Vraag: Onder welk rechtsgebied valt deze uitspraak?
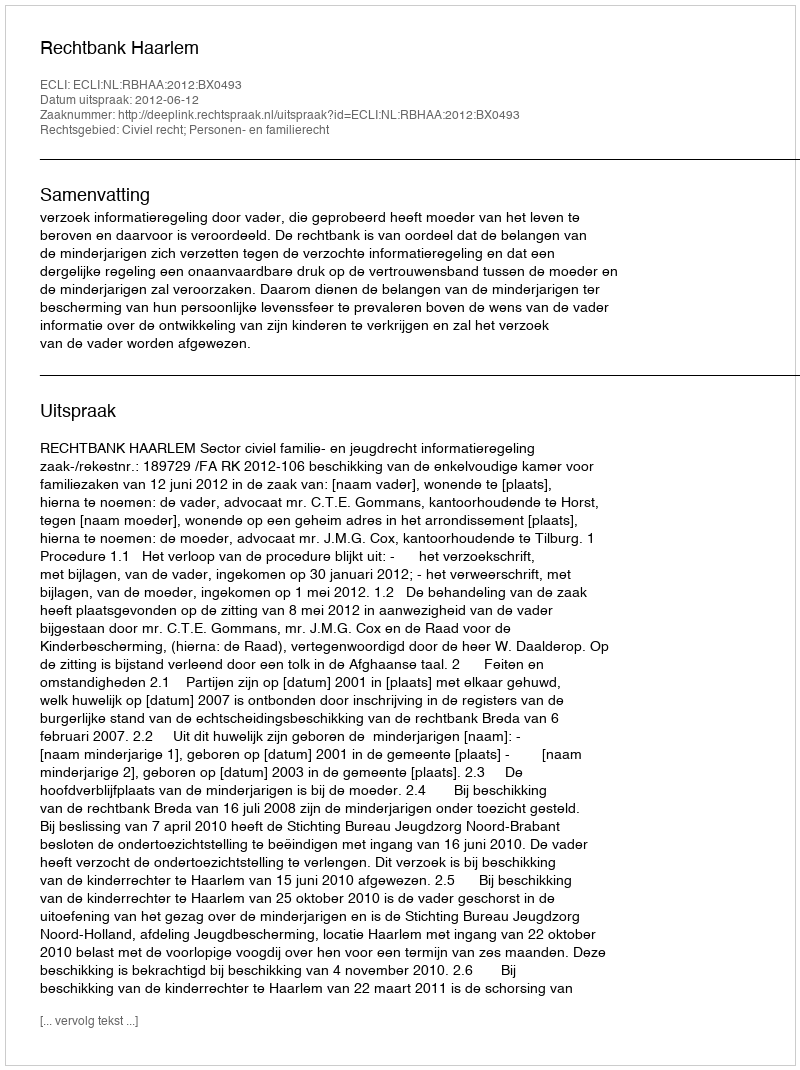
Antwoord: Civiel recht; Personen- en familierecht